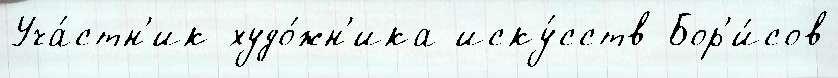
Уча́стн'ик худо́жн'ика иску́сств Бор'и́сов